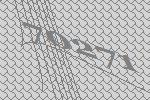
70271